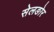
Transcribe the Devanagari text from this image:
सेलङोर